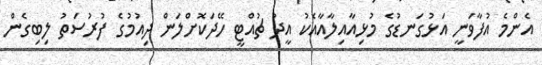
އެންމެ އުފާވަނީ އަޅުގަނޑުގެ މުޅިއާއިލާއާއެކު އީދު ޗުއްޓީ ހޭދަކޮށްލަން ދިއުމުގެ ފުރުސަތު ލިބިގެން